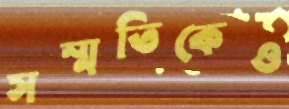
সম্মতিকেও